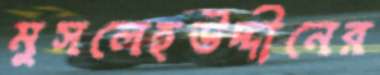
মুসলেহউদ্দীনের